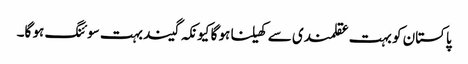
پاکستان کو بہت عقلمندی سے کھیلنا ہو گا کیونکہ گیند بہت سوئنگ ہو گا۔